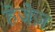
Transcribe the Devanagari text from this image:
हेजेज़